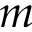
m